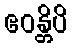
ဧဝန္တိပိ